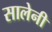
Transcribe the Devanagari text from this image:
सालेनी